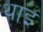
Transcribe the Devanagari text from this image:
थाइ